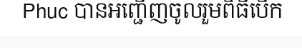
Phuc បានអញ្ជើញចូលរួមពិធីបើក